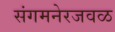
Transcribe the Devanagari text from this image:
संगमनेरजवळ